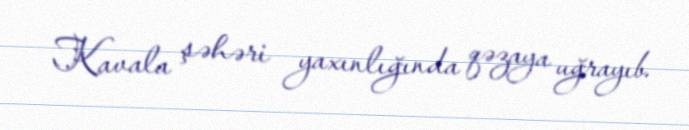
Kavala şəhəri yaxınlığında qəzaya uğrayıb.